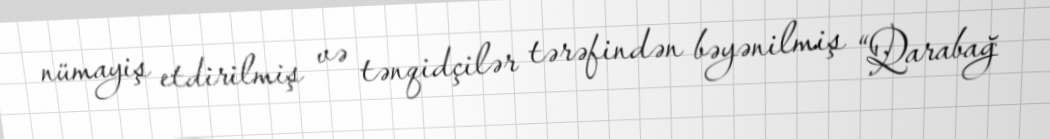
nümayiş etdirilmiş və tənqidçilər tərəfindən bəyənilmiş “Qarabağ